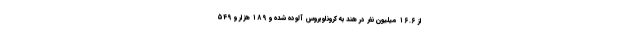
از ۱۶.۶ میلیون نفر در هند به کروناویروس آلوده شده و ۱۸۹ هزار و ۵۴۹